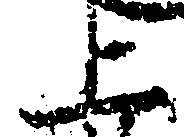
上